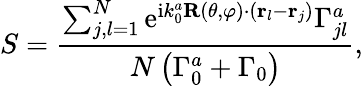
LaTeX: S=\frac{\sum_{j,l=1}^{N}\mathrm{e}^{\mathrm{i}k_{0}^{a}\mathbf{R}(\theta,\varphi)\cdot\left({\mathbf r}_{l}-{\mathbf r}_{j}\right)}\Gamma_{jl}^{a}}{N\left(\Gamma_{0}^{a}+\Gamma_{0}\right)},